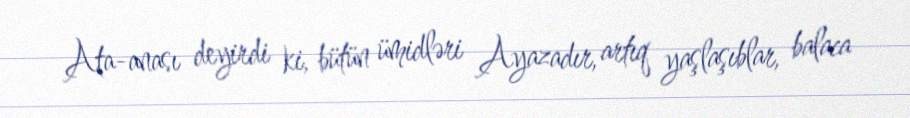
Ata-anası deyirdi ki, bütün ümidləri Ayazadır, artıq yaşlaşıblar, balaca